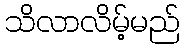
သိလာလိမ့်မည်